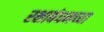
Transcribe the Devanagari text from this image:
रक्षाबंधनच्या